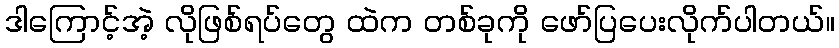
ဒါကြောင့်အဲ့ လိုဖြစ်ရပ်တွေ ထဲက တစ်ခုကို ဖော်ပြပေးလိုက်ပါတယ်။